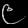
Digit: ၉